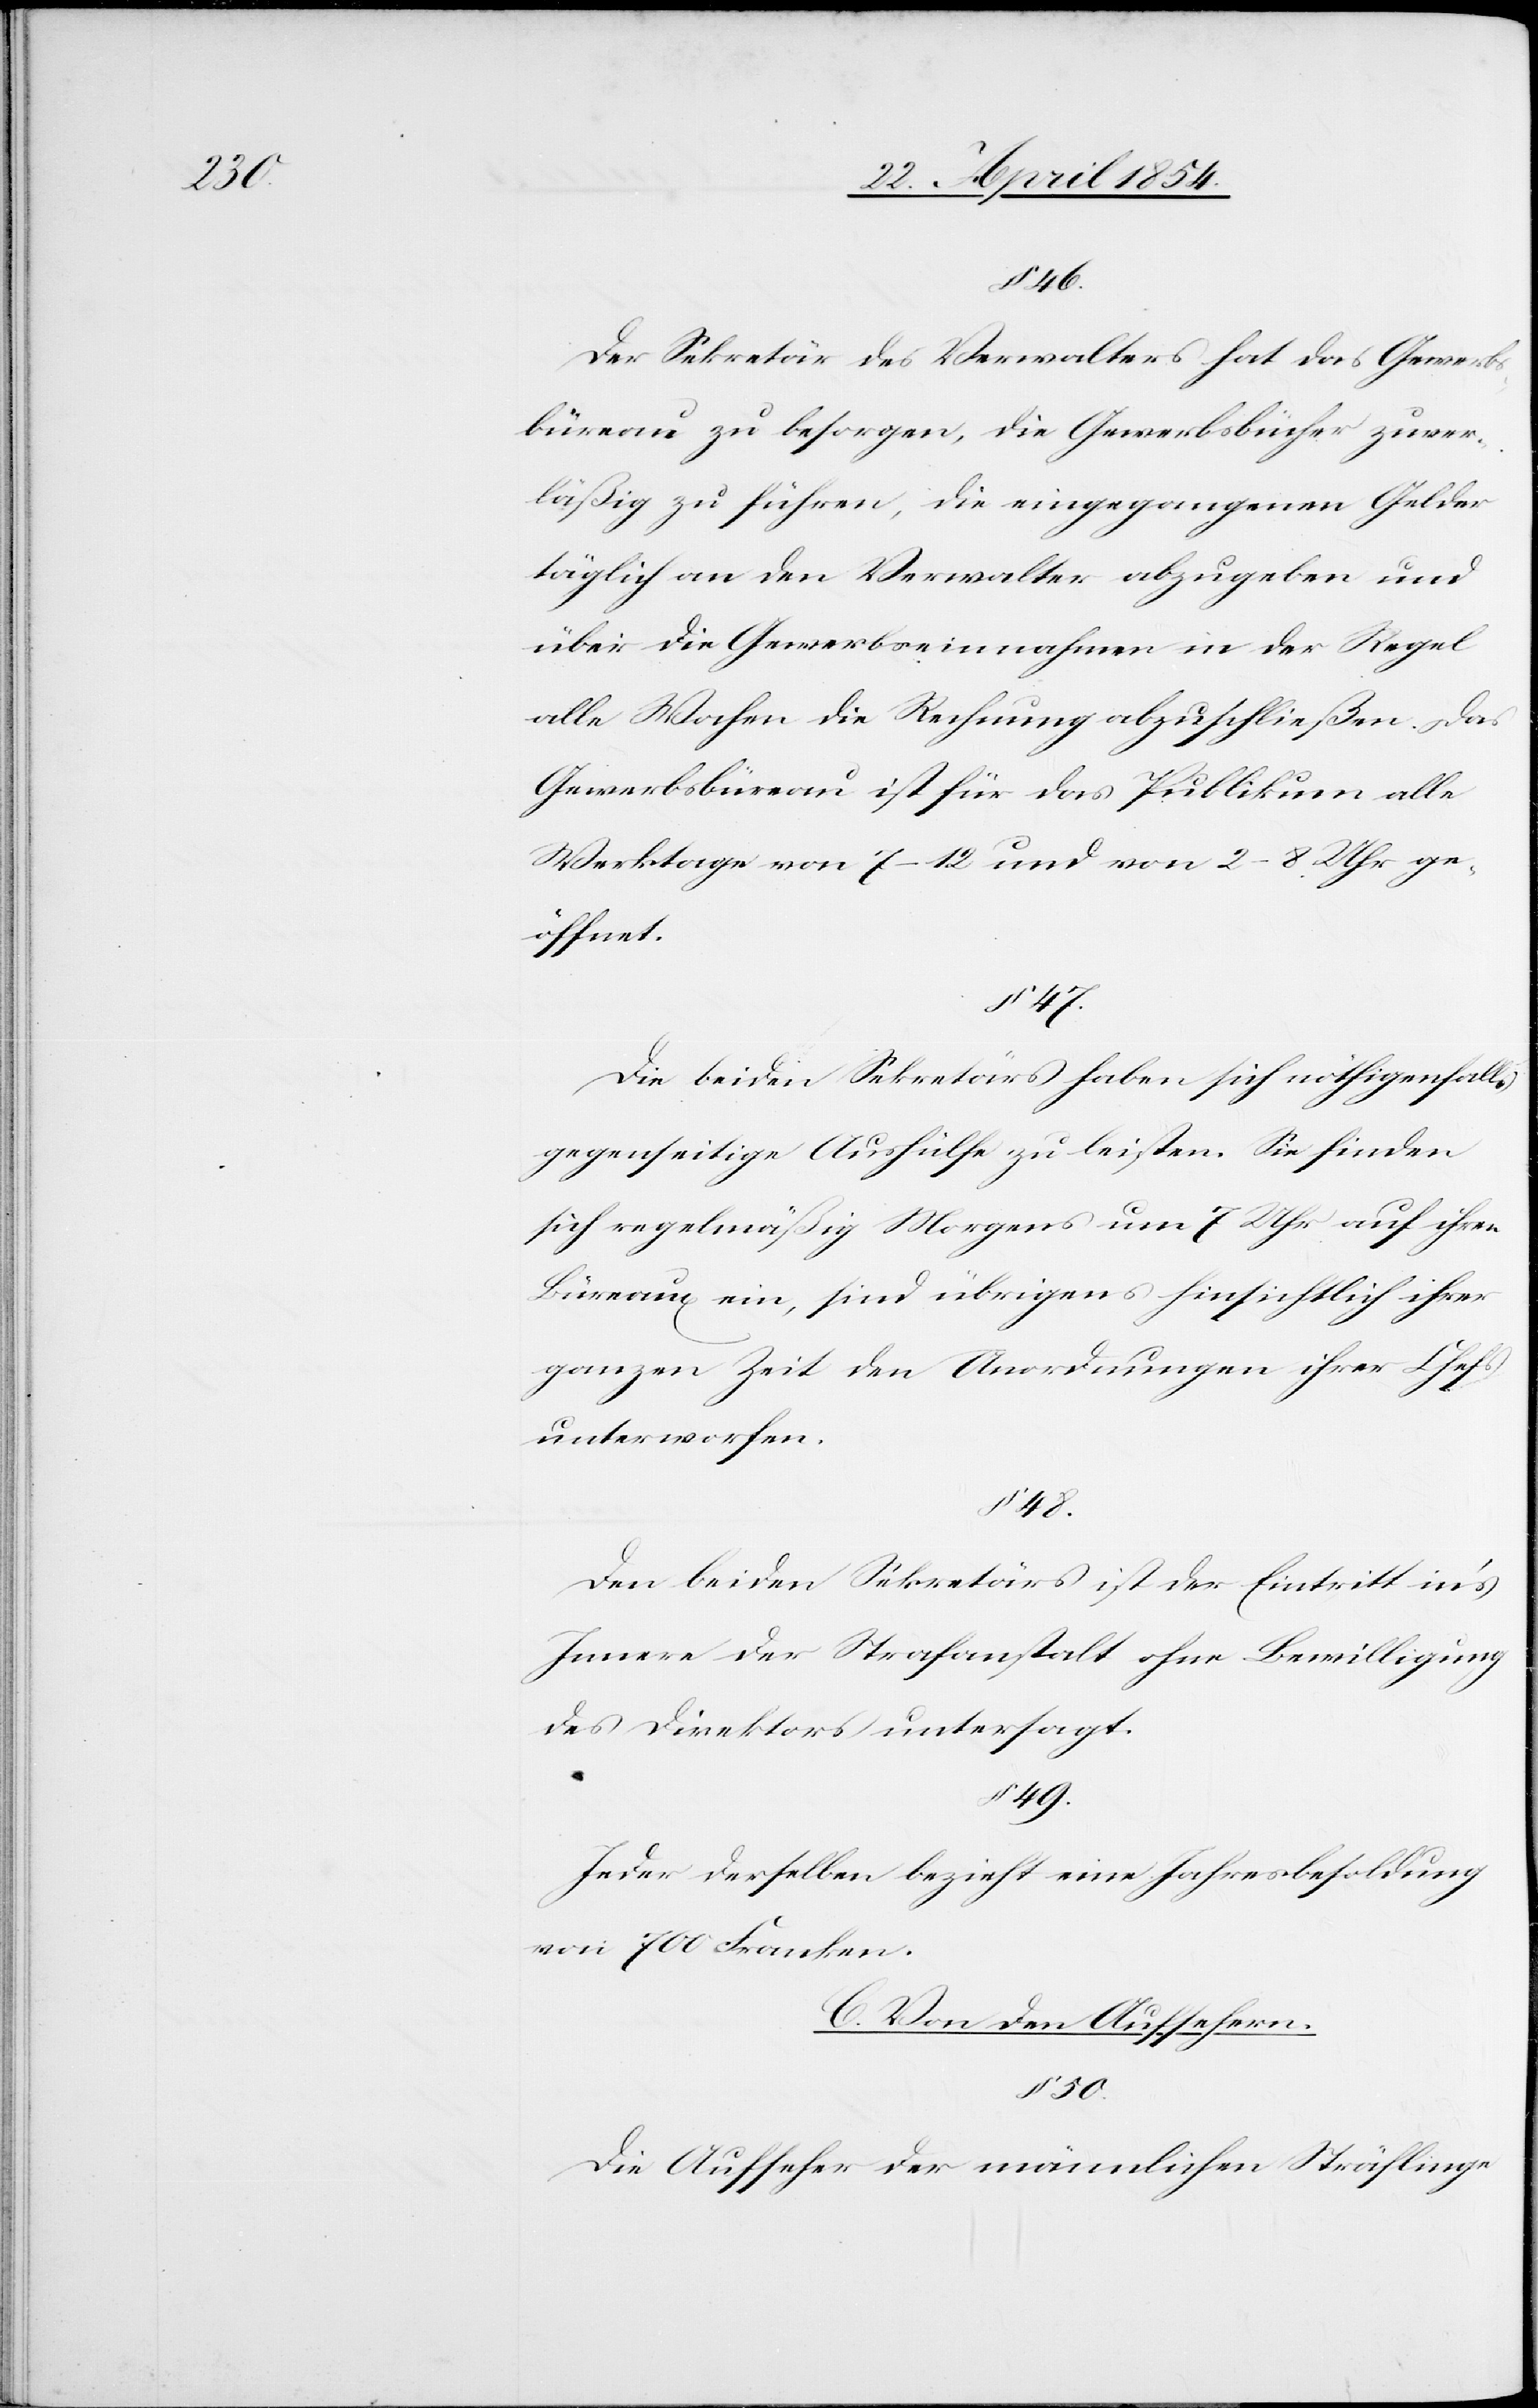
§ 46.
Der Sekretär des Verwalters hat das Gewerbs¬
büreau zu besorgen, die Gewerbsbücher zuver¬
läßig zu führen, die eingegangenen Gelder
täglich an den Verwalter abzugeben und
über die Gewerbseinnahmen in der Regel
alle Wochen die Rechnung abzuschließen. Das
Gewerbsbüreau ist für das Publikum alle
Werktage von 7–12 und von 2–8 Uhr ge¬
öffnet.
§ 47.
Die beiden Sekretärs haben sich nöthigenfalls
gegenseitige Aushülfe zu leisten. Sie finden
sich regelmäßig Morgens um 7 Uhr auf ihren
Büreaux ein, sind übrigens hinsichtlich ihrer
ganzen Zeit den Anordnungen ihrer Chefs
unterworfen.
48.
Den beiden Sekretärs ist der Eintritt in’s
Innere der Strafanstalt ohne Bewilligung
des Direktors untersagt.
§ 49.
Jeder derselben bezieht eine Jahresbesoldung
von 700 Franken.
C. Von den Aufsehern.
§ 50.
Die Aufseher der männlichen Sträflinge